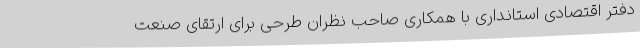
دفتر اقتصادی استانداری با همکاری صاحب نظران طرحی برای ارتقای صنعت